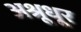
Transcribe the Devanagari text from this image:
अश्रूधूर